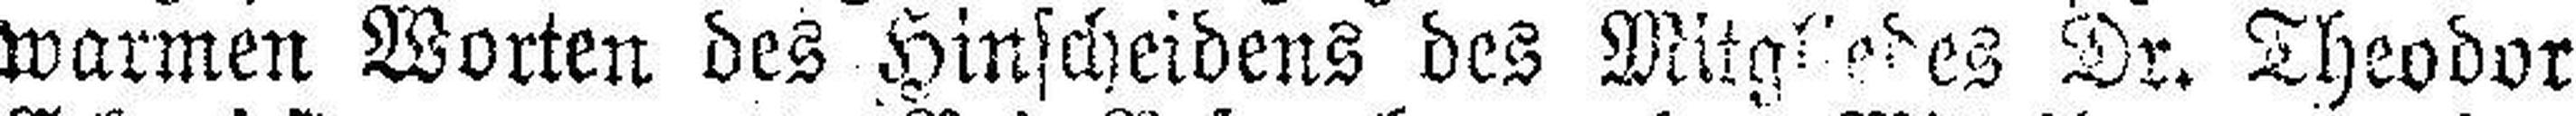
warmen Worten des Hinscheidens des Mitgliedes Dr. Theodor